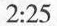
2:25